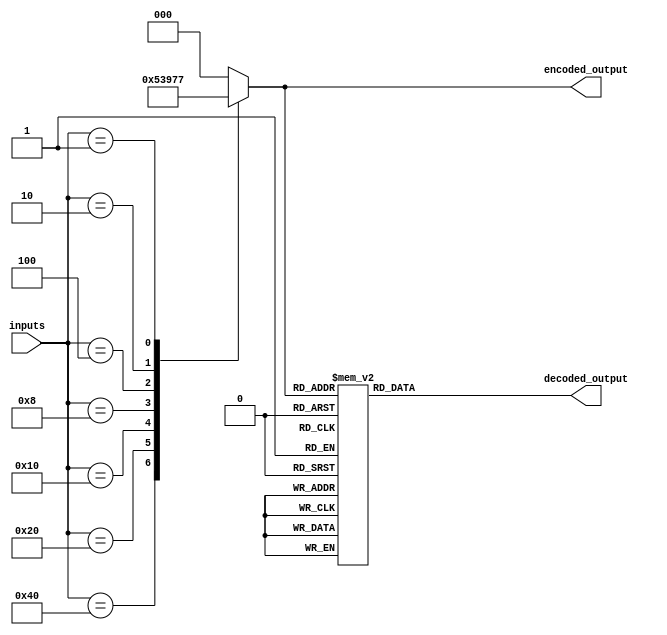
module priority_encoder_decoder (
    input [7:0] inputs,
    output reg [2:0] encoded_output,
    output reg [7:0] decoded_output
);

always @(*) begin
    // Priority Encoder
    case(inputs)
        8'b10000000: encoded_output = 3'b000; // Highest priority input
        8'b01000000: encoded_output = 3'b001;
        8'b00100000: encoded_output = 3'b010;
        8'b00010000: encoded_output = 3'b011;
        8'b00001000: encoded_output = 3'b100;
        8'b00000100: encoded_output = 3'b101;
        8'b00000010: encoded_output = 3'b110;
        8'b00000001: encoded_output = 3'b111; // Lowest priority input
        default: encoded_output = 3'b000; // Default value for unassigned inputs
    endcase

    // Priority Decoder
    case(encoded_output)
        3'b000: decoded_output = 8'b10000000; // Output based on priority
        3'b001: decoded_output = 8'b01000000;
        3'b010: decoded_output = 8'b00100000;
        3'b011: decoded_output = 8'b00010000;
        3'b100: decoded_output = 8'b00001000;
        3'b101: decoded_output = 8'b00000100;
        3'b110: decoded_output = 8'b00000010;
        3'b111: decoded_output = 8'b00000001;
        default: decoded_output = 8'b11111111; // Default output for unassigned inputs
    endcase
end

endmodule